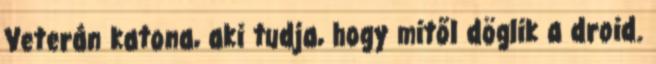
Veterán katona, aki tudja, hogy mitől döglik a droid.